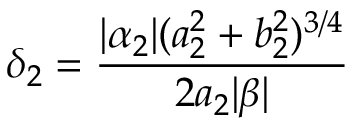
\delta _ { 2 } = \frac { | \alpha _ { 2 } | ( a _ { 2 } ^ { 2 } + b _ { 2 } ^ { 2 } ) ^ { 3 / 4 } } { 2 a _ { 2 } | \beta | }